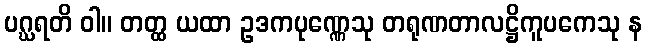
ပဂ္ဃရတိ ဝါ။ တတ္ထ ယထာ ဥဒကပုဏ္ဏေသု တရုဏတာလဋ္ဌိကူပကေသု န